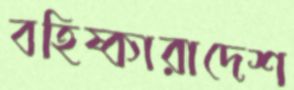
বহিষ্কারাদেশ